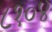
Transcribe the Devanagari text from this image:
८१०४